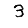
Digit: 3